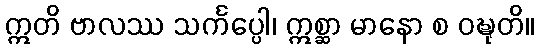
ဣတိ ဗာလဿ သင်္ကပ္ပေါ၊ ဣစ္ဆာ မာနော စ ဝဍ္ဎုတိ။